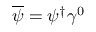
{ \overline { { \psi } } } = \psi ^ { \dagger } \gamma ^ { 0 }